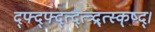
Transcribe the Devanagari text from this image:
द्फ्द्फ्द्त्द्त्त्र्द्र्त्स्क्ष्द्।